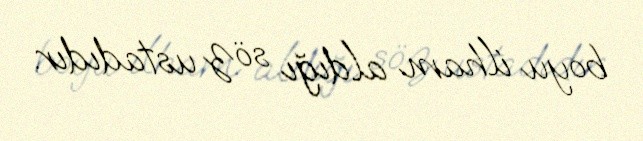
boyu ilham aldığı söz ustadıdır.